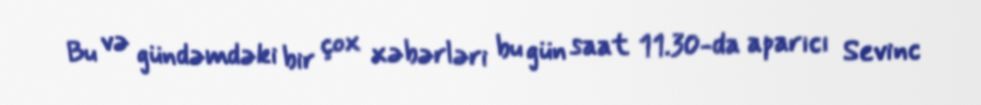
Bu və gündəmdəki bir çox xəbərləri bu gün saat 11.30-da aparıcı Sevinc